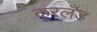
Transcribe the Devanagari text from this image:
कूरलँड